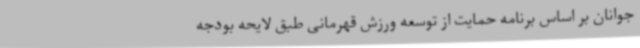
جوانان بر اساس برنامه حمایت از توسعه ورزش قهرمانی طبق لایحه بودجه